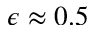
\epsilon \approx 0 . 5